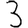
Digit: 3